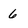
Character: 6